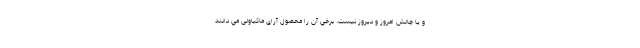
و يا چالش امروز و ديروز نيست. برخي آن را محصول آرای ماکیاولی مي دانند